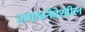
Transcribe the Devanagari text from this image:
उत्पादनेदेखील